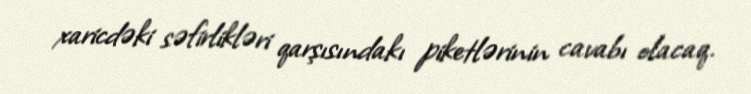
xaricdəki səfirlikləri qarşısındakı piketlərinin cavabı olacaq.